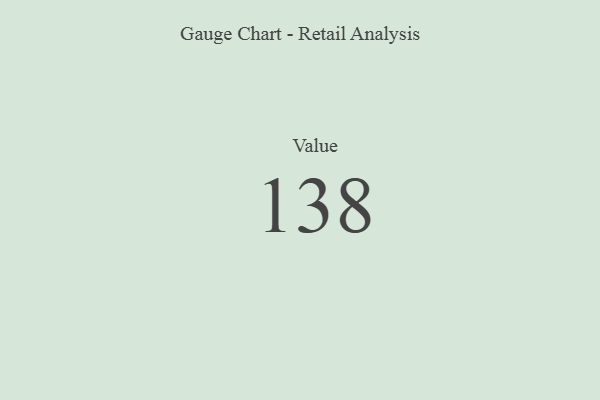
{"axis": {"x": "Metric", "y": "Value"}, "legend": [""], "data": [{"x": "Value", "y": 138, "type": ""}]}